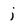
Character: j